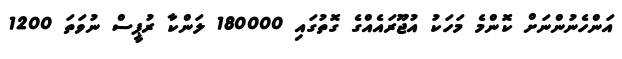
އަންހެނުންނަށް ކޮންމެ މަހަކު އުޖޫރައެއްގެ ގޮތުގައި 180000 ލަންކާ ރުޕީސް ނުވަތަ 1200